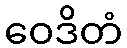
ဝေဒိတံ